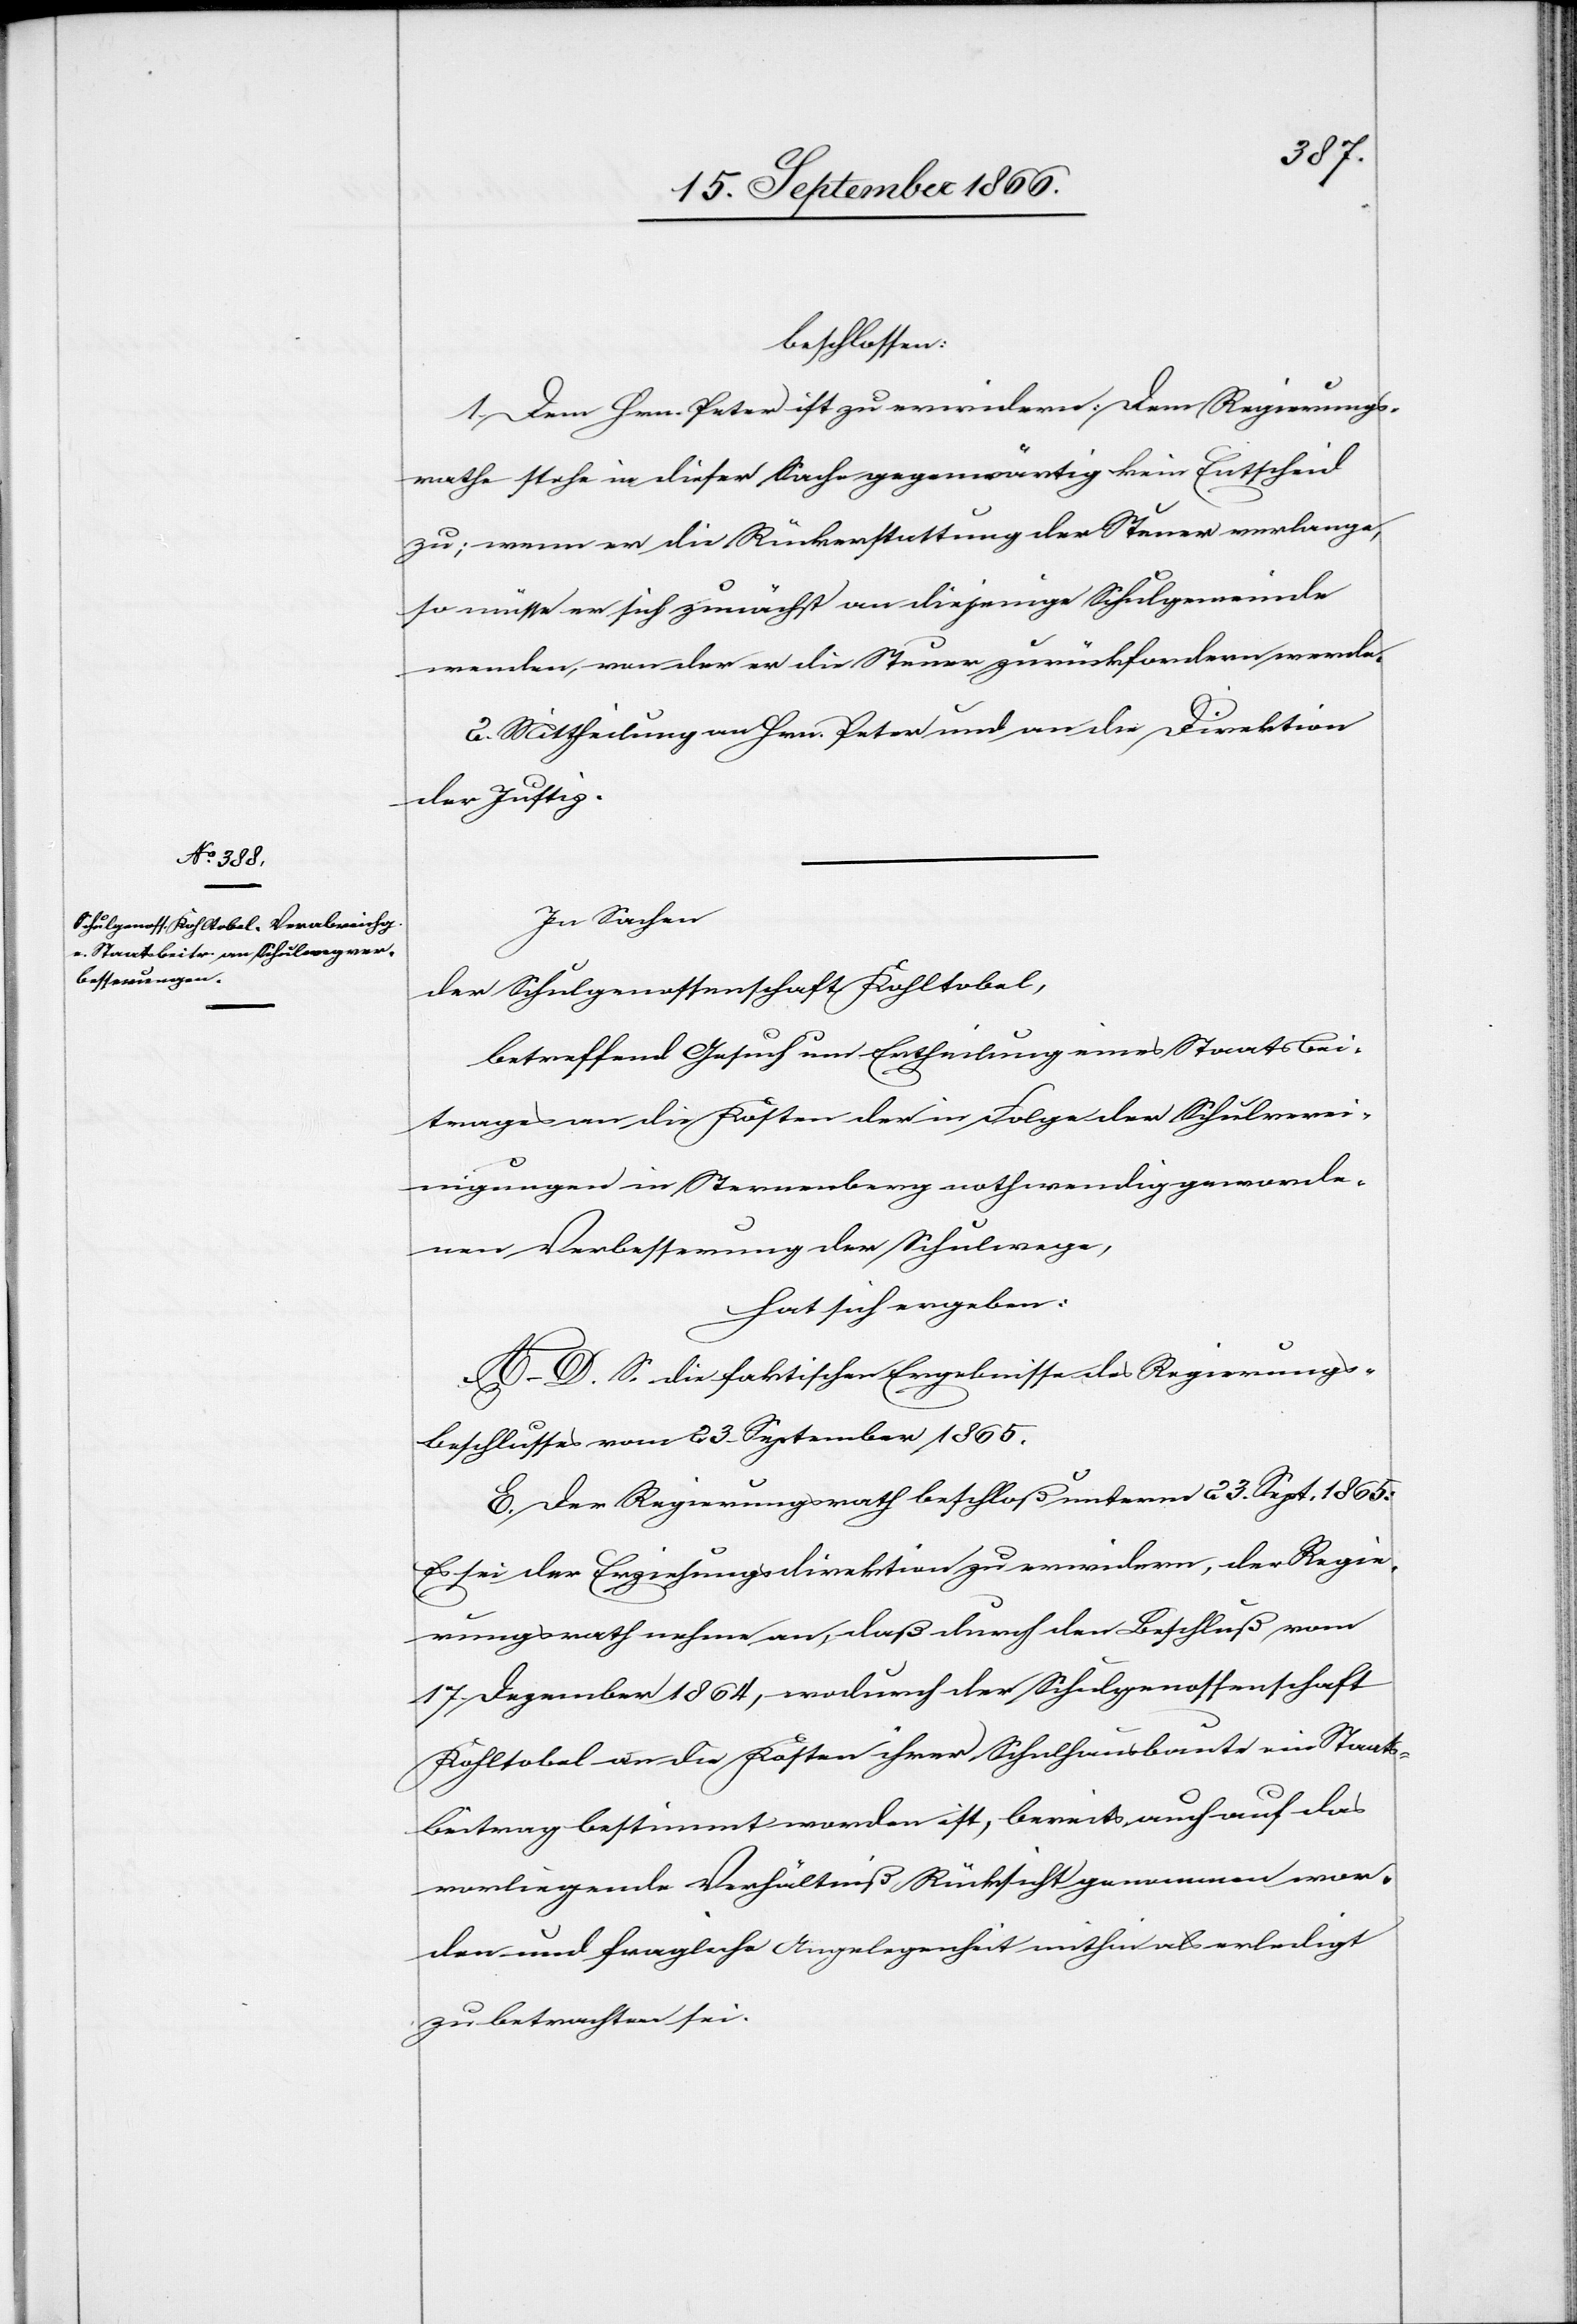
beschlossen:
1. Dem Hrn. Peter ist zu erwiedern: Dem Regierungs¬
rathe stehe in dieser Sache gegenwärtig kein Entscheid
zu; wenn er die Rückerstattung der Steuer verlange,
so müsse er sich zunächst an diejenige Schulgemeinde
wenden, von der er die Steuer zurückfordern werde.
2 Mittheilung an Hrn. Peter und an die Direktion
der Justiz.
In Sachen
der Schulgenossenschaft Kohltobel,
betreffend Gesuch um Ertheilung eines Staatsbei¬
trages an die Kosten der in Folge der Schulverei¬
nigungen in Sternenberg nothwendig geworde¬
nen Verbesserung der Schulwege,
hat sich ergeben:
A–D. S. die faktischen Ergebnisse des Regierungs¬
beschlusses vom 23. September 1865.
E. Der Regierungsrath beschloß unterm 23. Sept. 1865:
Es sei der Erziehungsdirektion zu erwiedern, der Regie¬
rungsrath nehme an, daß durch den Beschluß vom
17. Dezember 1864, wodurch der Schulgenossenschaft
Kohltobel an die Kosten ihrer Schulhausbaute ein Staats¬
beitrag bestimmt worden ist, bereits auch auf das
vorliegende Verhältniß Rücksicht genommen wor¬
den und fragliche Angelegenheit mithin als erledigt
zu betrachten sei.